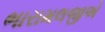
ભારામલજીએ